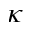
\kappa